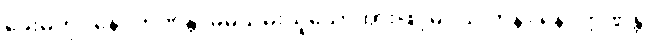
ခေးမကို။ နေဝကိဏန္တိ၊ မိမိသိမ်းယူသောအားဖြင့်မဝယ် ကုန်။ နေဝိက္ကိဏန္တိ၊